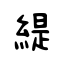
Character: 緹